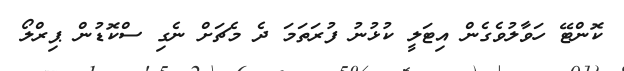
ކޮންޓޭ ހަވާލުވެގެން އިޓަލީ ކުޅުނު ފުރަތަމަ ދެ މެޗަށް ނެގި ސްކޮޑުން ޕިރްލޯ